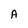
Character: A